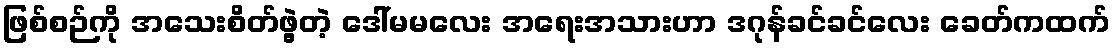
ဖြစ်စဉ်ကို အသေးစိတ်ဖွဲ့တဲ့ ဒေါ်မမလေး အရေးအသားဟာ ဒဂုန်ခင်ခင်လေး ခေတ်ကထက်